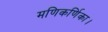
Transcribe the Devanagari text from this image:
मणिकर्णिका।